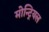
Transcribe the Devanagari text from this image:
मोन्ट्रियल